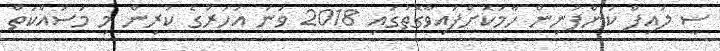
ސީ ލައިފް ކުންފުނިން ހާމަކޮށްފައިވާގޮތުގައި 2018 ވަނަ އަހަރުގެ ކުރިން މި މަސައްކަތް